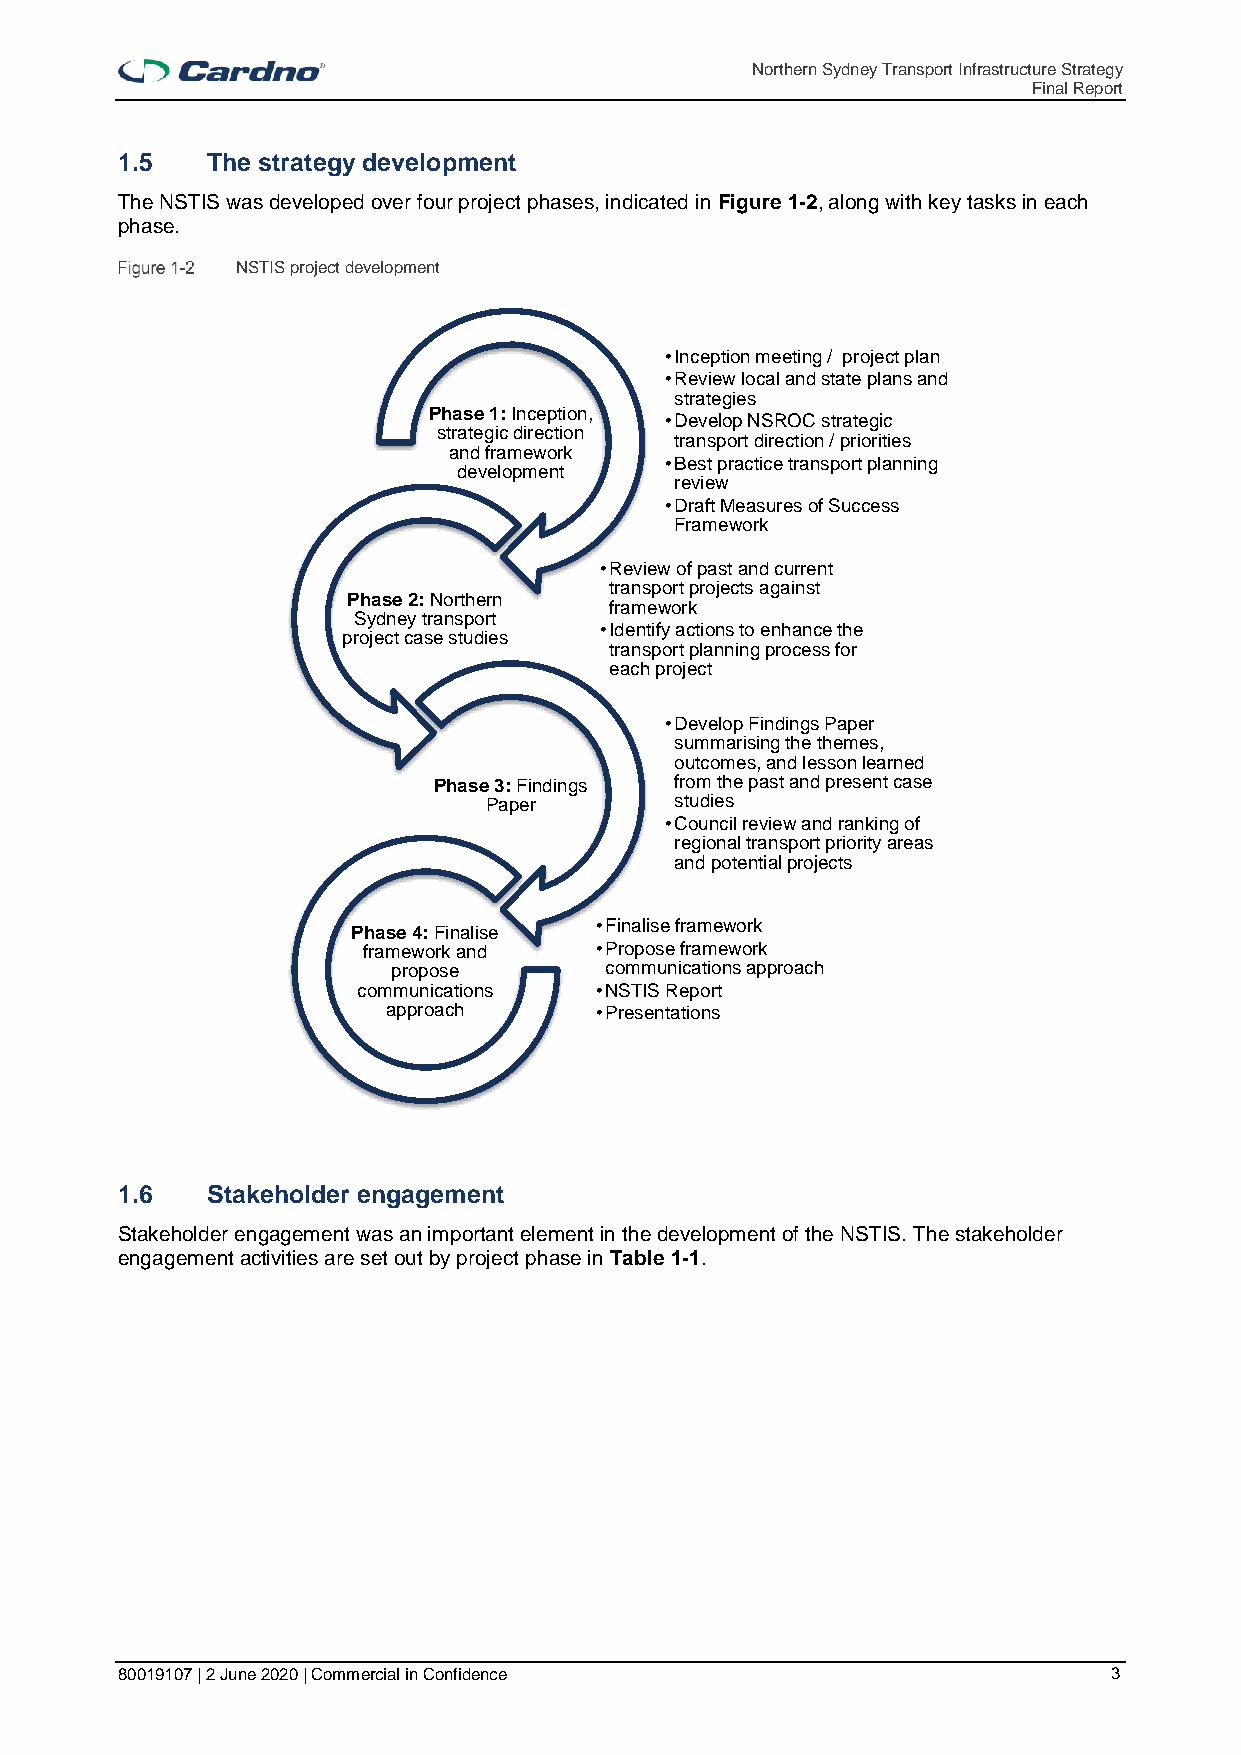
Northern Sydney Transport Infrastructure Strategy
 Final Report
 1.5   The strategy development
 The NSTIS was developed over four project phases, indicated in Figure 1-2, along with key tasks in each
 phase.
 NSTIS project development
 •Inception meeting / project plan
 •Review local and state plans and
 strategies
 Phase 1: Inception,
 •Develop NSROC strategic
 strategic direction
 transport direction / priorities
 and framework
 •Best practice transport planning
 development
 review
 •Draft Measures of Success
 Framework
 •Review of past and current
 transport projects against
 Phase 2: Northern
 framework
 Sydney transport
 •Identify actions to enhance the
 project case studies
 transport planning process for
 each project
 •Develop Findings Paper
 summarising the themes,
 outcomes, and lesson learned
 Phase 3: Findings from the past and present case
 Paper        studies
 •Council review and ranking of
 regional transport priority areas
 and potential projects
 •Finalise framework
 Phase 4: Finalise
 framework and  •Propose framework
 propose       communications approach
 communications •NSTIS Report
 approach     •Presentations
 1.6   Stakeholder engagement
 Stakeholder engagement was an important element in the development of the NSTIS. The stakeholder
 engagement activities are set out by project phase in Table 1-1.
 80019107 | 2 June 2020 | Commercial in Confidence                 3